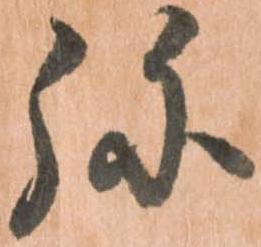
弥